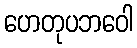
ဟေတုပဘဝေါ